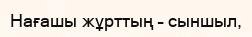
Нағашы жұрттың – сыншыл,